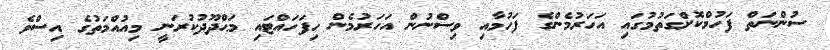
ސުންނަތް ފަހުމްކޮށްގަތުމުގައި އަހަރުމެންގެ ފަހުމާއި ވިސްނުން އަހަރުމެން ހިފަހައްޓައި މަޙްދޫދުކުރަނީ މިއުއްމަތުގެ އިސްވެ